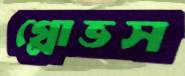
গ্লোভস